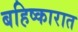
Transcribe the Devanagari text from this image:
बहिष्कारात